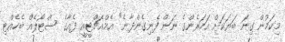
މިކަމުން ގިނަ ބަޔަކަށް އަހަރެންގެ ނަން ފެނިގެންދާނެ" އެމްއެޗްޓީއީ ފެއާގެ ސްޓޯލެއް ބެހެއްޓި